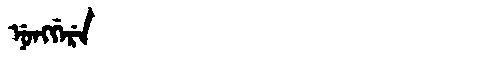
Manchu: ᠨᡠᠩᡤᡝᡵᡝ
Romanization: NUNGGERE